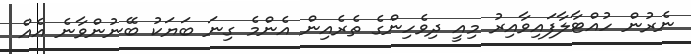
ނެރުން ހުއްޓާލާފައިވާއިރު މިއީ ދިވެހިންގެ ތެރެއިން އެންމެ ގިނަ ބަޔަކު ބޭނުންވާނެ އެއް